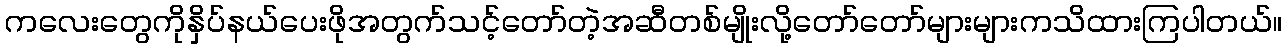
ကလေးတွေကိုနှိပ်နယ်ပေးဖိုအတွက်သင့်တော်တဲ့အဆီတစ်မျိုးလို့တော်တော်များများကသိထားကြပါတယ်။